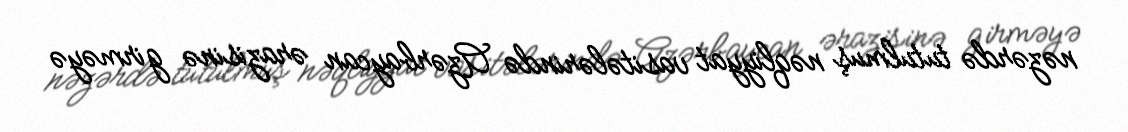
nəzərdə tutulmuş nəqliyyat vasitələrində Azərbaycan ərazisinə girməyə